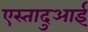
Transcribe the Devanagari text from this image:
एस्तादुआई